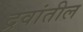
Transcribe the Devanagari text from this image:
द्रवांतील